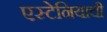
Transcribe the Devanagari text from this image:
एस्टेनियाची